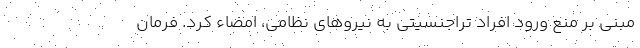
مبنی بر منع ورود افراد تراجنسیتی به نیرو‌های نظامی، امضاء کرد. فرمان